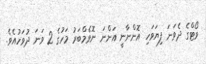
ވޯޓްގެ ދެވަނަ ފިޔަވަހި އޮންނާނީ އަންނަ ނޮވެމްބަރު މަހުގެ 2 ވަނަ ދުވަހުއެވެ.